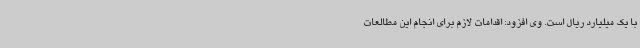
با یک میلیارد ریال است. وی افزود: اقدامات لازم برای انجام این مطالعات